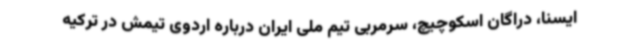
ایسنا، دراگان اسکوچیچ، سرمربی تیم ملی ایران درباره اردوی تیمش در ترکیه